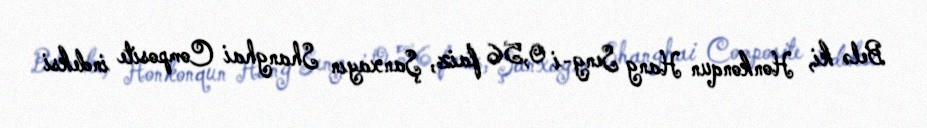
Belə ki, Honkonqun Hang Seng-i 0,56 faiz, Şanxayın Shanghai Composite indeksi